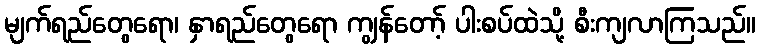
မျက်ရည်တွေရော၊ နှာရည်တွေရော ကျွန်တော့် ပါးစပ်ထဲသို့ စီးကျလာကြသည်။